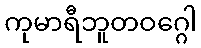
ကုမာရီဘူတဝဂ္ဂေါ